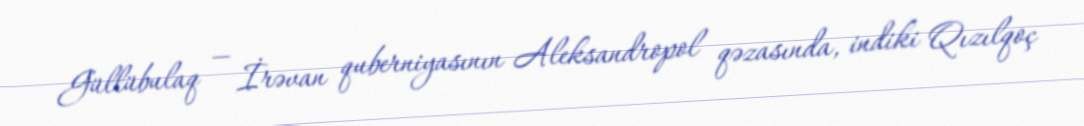
Güllübulaq — İrəvan quberniyasının Aleksandropol qəzasında, indiki Qızılqoç